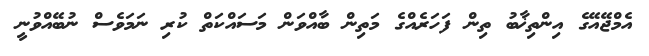
އެމްޖޭއޭގެ އިންތިޚާބު ތިން ފަހަރެއްގެ މަތިން ބާއްވަން މަސައްކަތް ކުރި ނަމަވެސް ނުބޭއްވުނީ